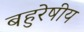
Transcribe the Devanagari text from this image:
बहुरेषीय